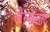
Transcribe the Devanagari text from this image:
लैन्सेलोट